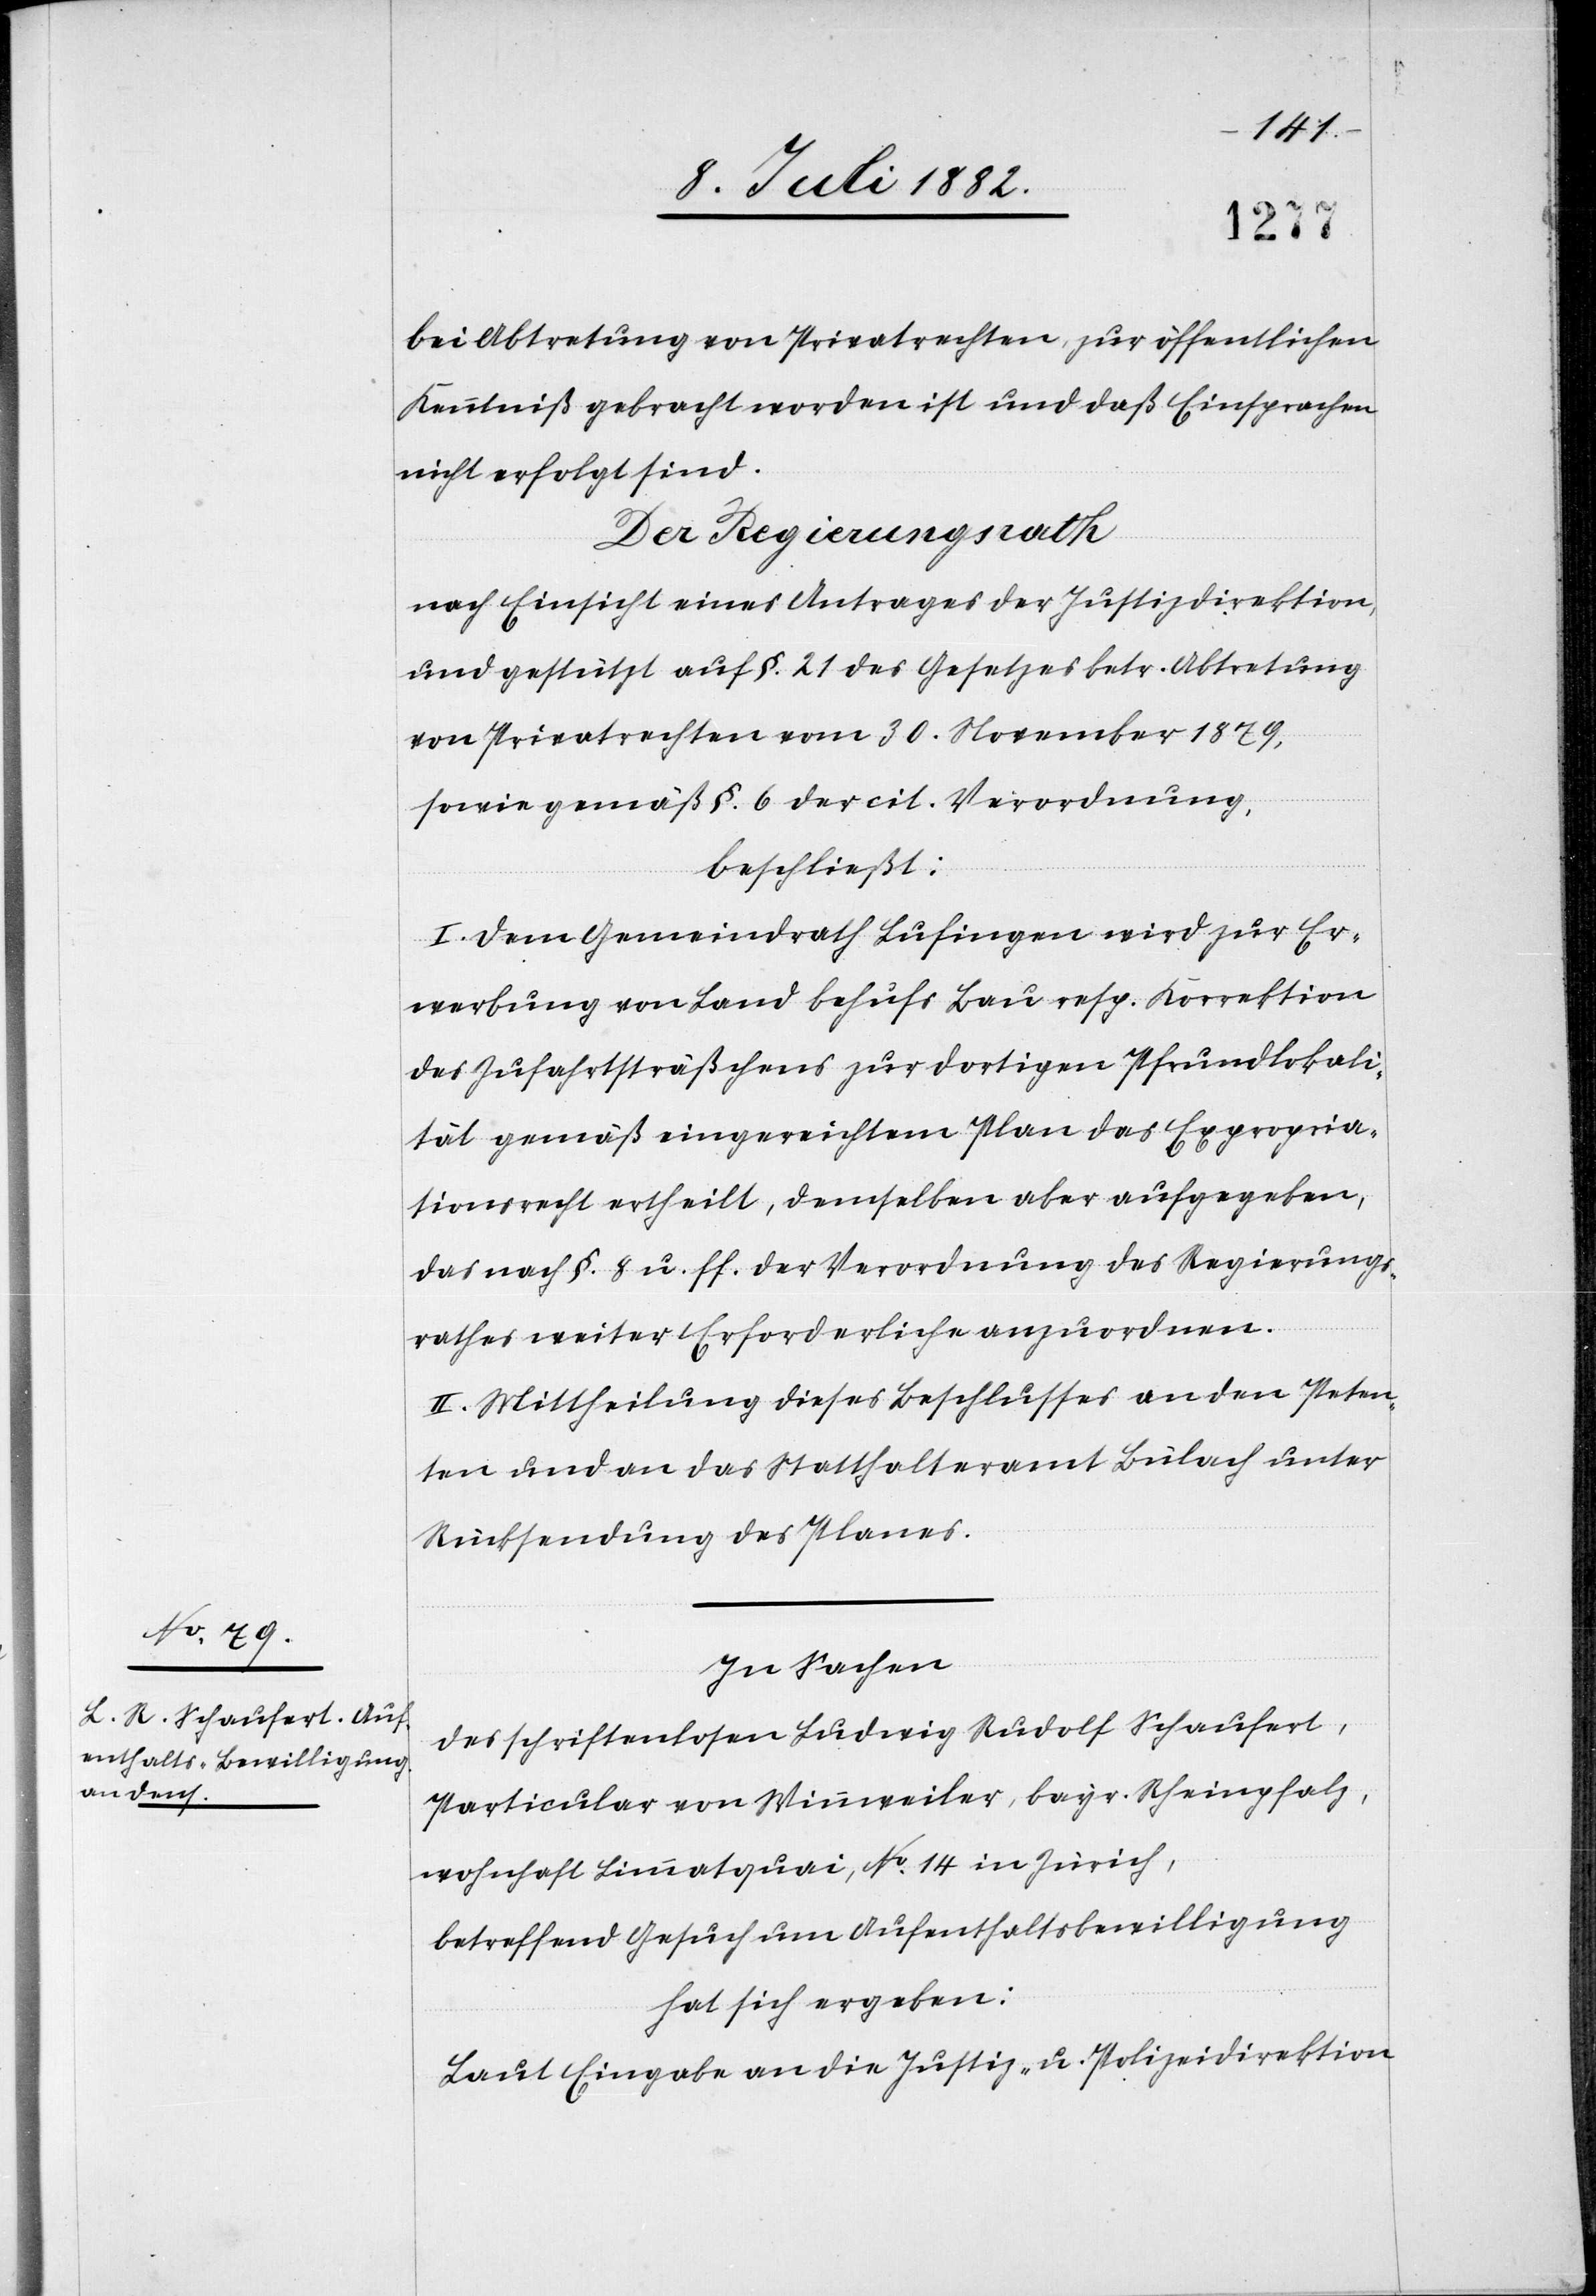
bei Abtretung von Privatrechten, zur öffentlichen
Kenntniß gebracht worden ist und daß Einsprachen
nicht erfolgt sind.
Der Regierungsrath
nach Einsicht eines Antrages der Justizdirektion
und gestützt auf §. 21 des Gesetzes betr. Abtretung
von Privatrechten vom 30. November 1879,
sowie gemäß §. 6 der cit. Verordnung,
beschließt:
I. Dem Gemeindrath Lufingen wird zur Er¬
werbung von Land behufs Bau resp. Korrektion
des Zufahrtssträßchens zur dortigen Pfrundlokali¬
tät gemäß eingereichtem Plan das Expropria¬
tionsrecht ertheilt, demselben aber aufgegeben,
das nach §. 8 u. ff. der Verordnung des Regierungs¬
rathes weiter Erforderliche anzuordnen.
II. Mittheilung dieses Beschlusses an den Peten¬
ten und an das Statthalteramt Bülach unter
Rücksendung des Planes.
In Sachen
des schriftenlosen Ludwig Rudolf Schaufert,
Particular von Winnweiler, bayr. Rheinpfalz,
wohnhaft Limmatquai, No 14 in Zürich,
betreffend Gesuch um Aufenthaltsbewilligung,
hat sich ergeben:
Laut Eingabe an die Justiz- & Polizeidirektion